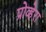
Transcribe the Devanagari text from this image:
प्रोव्हेरा